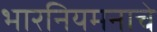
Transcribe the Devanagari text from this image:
भारनियमनाचे